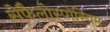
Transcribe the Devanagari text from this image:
सेफैलोस्पोरियम